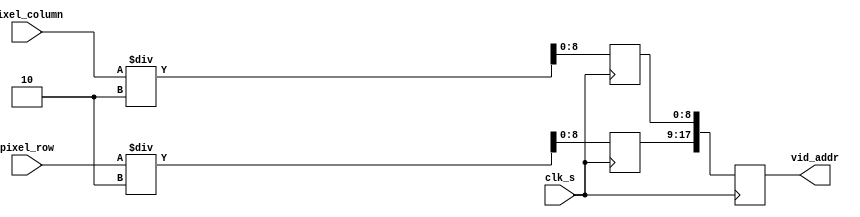
module scale(
input clk_s,
input [11:0] pixel_column,
input [11:0] pixel_row,
output reg [17:0] vid_addr);

reg [8:0] pixel_column_d;
reg [8:0] pixel_row_d;

always @(posedge clk_s)

begin

pixel_column_d <= pixel_column/2; // Scaling down the dtg pixels to 512 x 384
pixel_row_d <= pixel_row/2;
vid_addr <= { pixel_row_d , pixel_column_d};

end


endmodule